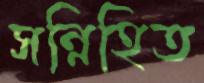
সন্নিহিত